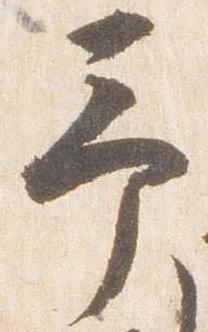
予